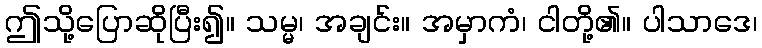
ဤသို့ပြောဆိုပြီး၍။ သမ္မ၊ အချင်း။ အမှာကံ၊ ငါတို့၏။ ပါသာဒေ၊